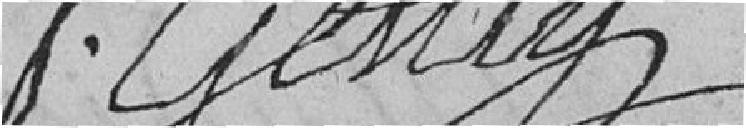
P. GEMTET